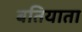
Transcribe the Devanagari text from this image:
बतियाता